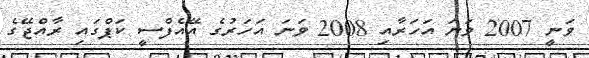
ވަނީ 2007 ވަނަ އަހަރާއި 2008 ވަނަ އަހަރުގެ އޭއެފްސީ ކަޕްގައި ރާއްޖޭގެ